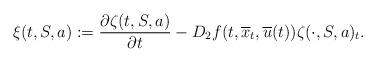
LaTeX: \begin{align*}\xi(t,S,a) := \frac{\partial \zeta(t,S,a)}{\partial t} - D_2f(t, \overline{x}_t, \overline{u}(t)) \zeta(\cdot,S,a)_t.\end{align*}